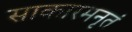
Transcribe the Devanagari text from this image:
साकारमनृतं